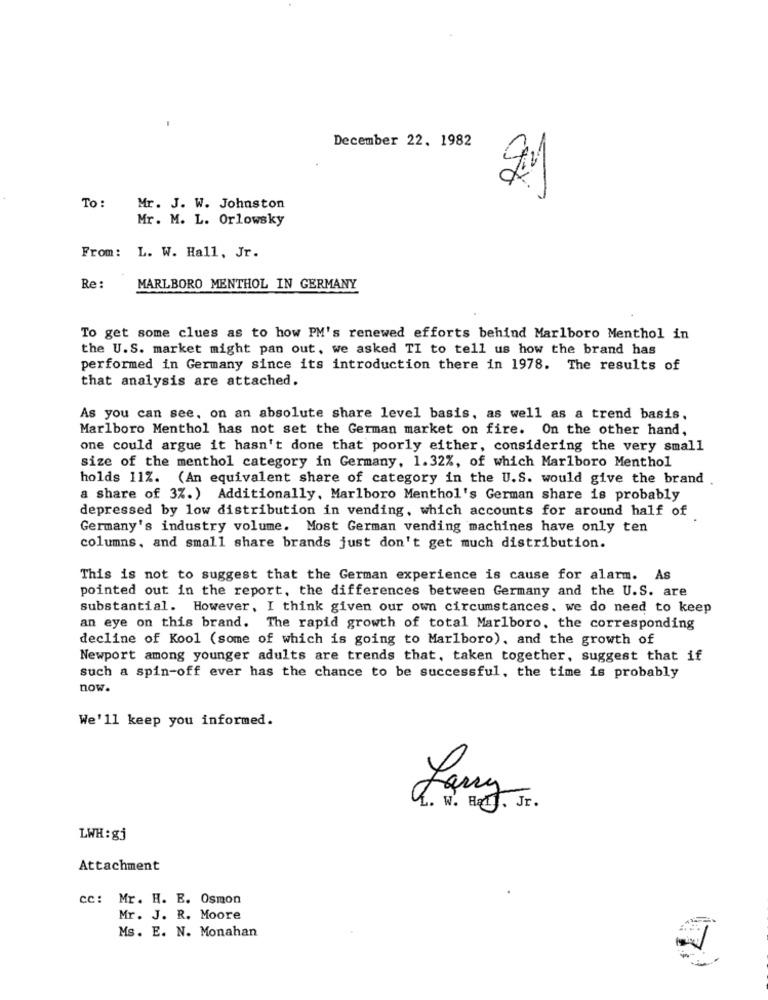
December 22. 1982
21
To :
Mr. J. W. Johnston
Mr. M. L. Orlowsky
From: L. W. Hall, Jr.
Re :
MARLBORO MENTHOL IN GERMANY
To get some clues as to how PM's renewed efforts behind Marlboro Menthol in
the U.S. market might pan out, we asked TI to tell us how the brand has
performed in Germany since its introduction there in 1978. The results of
that analysis are attached.
As you can see, on an absolute share level basis, as well as a trend basis.
Marlboro Menthol has not set the German market on fire. On the other hand,
one could argue it hasn't done that poorly either, considering the very small
size of the menthol category in Germany, 1.32%, of which Marlboro Menthol
holds 11%. (An equivalent share of category in the U.S. would give the brand
a share of 3%. ) Additionally, Marlboro Menthol's German share is probably
depressed by low distribution in vending, which accounts for around half of
Germany's industry volume. Most German vending machines have only ten
columns, and small share brands just don't get much distribution.
This is not to suggest that the German experience is cause for alarm. As
pointed out in the report, the differences between Germany and the U.S. are
substantial. However, I think given our own circumstances. we do need to keep
an eye on this brand. The rapid growth of total Marlboro, the corresponding
decline of Kool (some of which is going to Marlboro), and the growth of
Newport among younger adults are trends that, taken together, suggest that if
such a spin-off ever has the chance to be successful, the time is probably
now.
We'll keep you informed.
W. Hat]. Jr.
LWH: gj
Attachment
cc: Mr. H. E. Osmon
Mr. J. R. Moore
Ms. E. N. Monahan